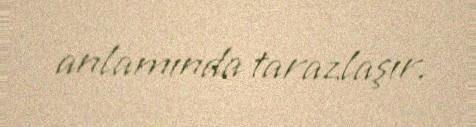
anlamında tarazlaşır.